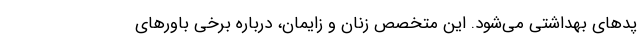
پدهای بهداشتی می‌شود. این متخصص زنان و زایمان، درباره برخی باورهای